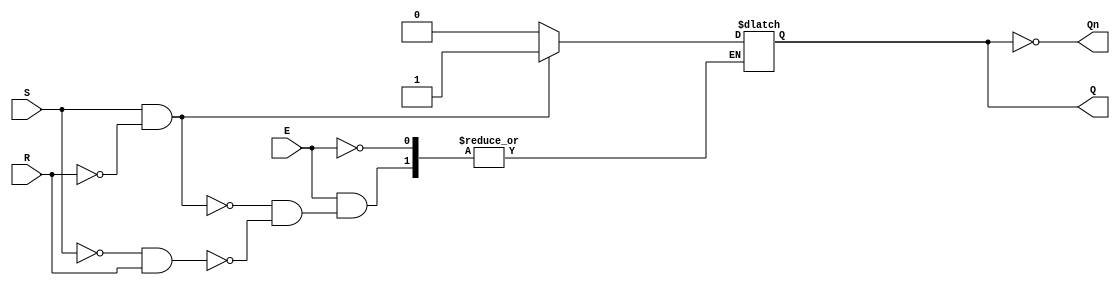
module gated_sr_latch (
    input wire S,      // Set input
    input wire R,      // Reset input
    input wire E,      // Enable input
    output reg Q,      // Output Q
    output wire Qn     // Complementary output Q'
);

// Complementary output
assign Qn = ~Q;

// Always block to implement the gated SR latch functionality
always @(E or S or R) begin
    if (E) begin
        if (S && !R) begin
            Q <= 1'b1;  // Set state
        end else if (!S && R) begin
            Q <= 1'b0;  // Reset state
        end
        // If S and R are both high, maintain the previous state
        // This is the indeterminate state handling
    end
    // If E is low, maintain the previous state (no change)
end

endmodule